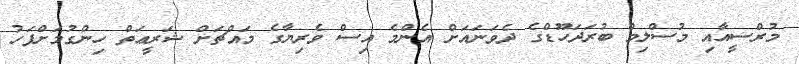
މުރްސީއާއި މުސްލިމް ބުރަދަހޫޑްގެ ދެވަނައަށް އެންމެ އިސް ވެރިޔާގެ މައްޗަށް ޝަރީޢަތް ހިންގުމަށްފަހު